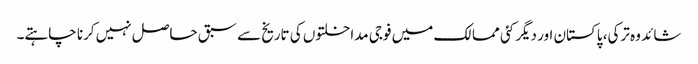
شائد وہ ترکی، پاکستان اور دیگر کئی ممالک میں فوجی مداخلتوں کی تاریخ سے سبق حاصل نہیں کرنا چاہتے۔